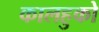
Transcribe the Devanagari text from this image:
कालहुको